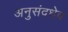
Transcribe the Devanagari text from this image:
अनुसंदधेव